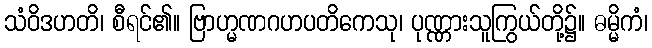
သံဝိဒဟတိ၊ စီရင်၏။ ဗြာဟ္မဏဂဟပတိကေသု၊ ပုဏ္ဏားသူကြွယ်တို့၌။ ဓမ္မိကံ၊